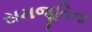
સમજૂતિના